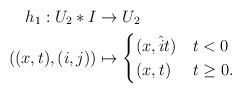
LaTeX: \begin{align*} h_1:U_2\ast I&\to U_2\\ ((x,t),(i,j))&\mapsto \begin{cases} (x,\hat i t) & t<0\\ (x,t) & t\ge0. \end{cases}\end{align*}